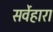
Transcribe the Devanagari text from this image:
सर्वेहारा